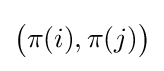
{\bigl (}\pi (i),\pi (j){\bigr )}